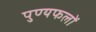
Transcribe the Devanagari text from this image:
पुण्यफलों